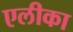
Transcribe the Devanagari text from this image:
एलीका